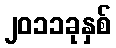
၂၀၁၁ခုနှစ်